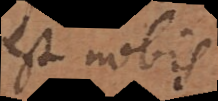
est nobis